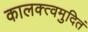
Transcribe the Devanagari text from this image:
कालक्त्वमुदितं